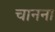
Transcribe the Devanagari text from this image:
चानना